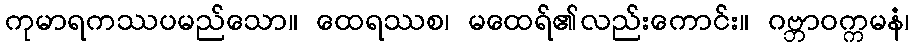
ကုမာရကဿပမည်သော။ ထေရဿစ၊ မထေရ်၏လည်းကောင်း။ ဂဗ္ဘာဝက္ကမနံ၊